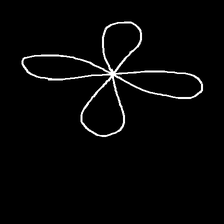
Glyph: billowing